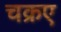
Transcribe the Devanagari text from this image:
चक्रए